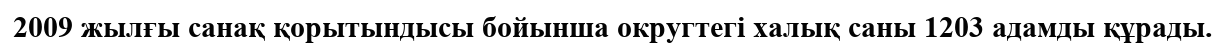
2009 жылғы санақ қорытындысы бойынша округтегі халық саны 1203 адамды құрады.